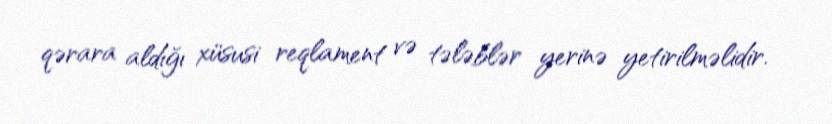
qərara aldığı xüsusi reqlament və tələblər yerinə yetirilməlidir.